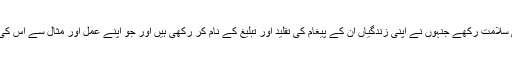
اور ان لوگوں کو بھی سلامت رکھے جنہوں نے اپنی زندگیاں ان کے پیغام کی تقلید اور تبلیغ کے نام کر رکھی ہیں اور جو اپنے عمل اور مثال سے اس کی آبیاری کررہے ہیں۔